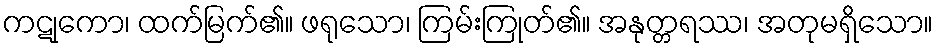
ကဋုကော၊ ထက်မြက်၏။ ဖရုသော၊ ကြမ်းကြုတ်၏။ အနုတ္တရဿ၊ အတုမရှိသော။